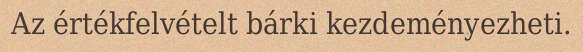
Az értékfelvételt bárki kezdeményezheti.